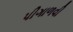
પીગાળવી